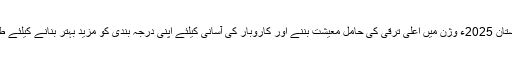
انہوں نے کہا کہ یہ پروگرام پاکستان 2025ء وژن میں اعلیٰ ترقی کی حامل معیشت بننے اور کاروبار کی آسانی کیلئے اپنی درجہ بندی کو مزید بہتر بنانے کیلئے طویل المدت منصوبہ بن سکتا ہے۔